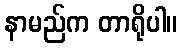
နာမည်က တာရိုပါ။